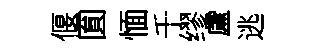
偃圎愐千缪盧逃